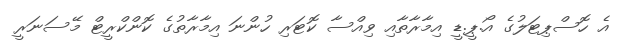
އެ ހޮސްޕިޓަލުގެ އޯ.ޕީ.ޑީ އިމާރާތާއި ވިއްސާ ކޮޓަރި ހުންނަ އިމާރާތުގެ ކޮންކްރީޓް މޭސަނަރީ